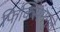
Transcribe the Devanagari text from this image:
फिक्सिंगमुळे